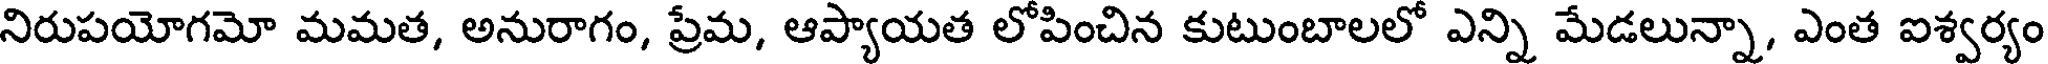
నిరుపయోగమో మమత, అనురాగం, ప్రేమ, ఆప్యాయత లోపించిన కుటుంబాలలో ఎన్ని మేడలున్నా, ఎంత ఐశ్వర్యం